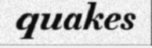
quakes